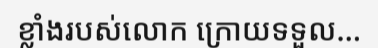
ខ្លាំងរបស់លោក ក្រោយទទួល...